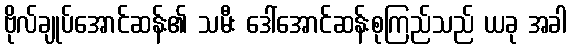
ဗိုလ်ချုပ်အောင်ဆန်း၏ သမီး ဒေါ်အောင်ဆန်းစုကြည်သည် ယခု အခါ